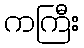
ကကြီး